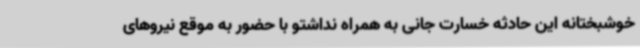
خوشبختانه این حادثه خسارت جانی به همراه نداشتو با حضور به موقع نیروهای